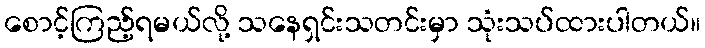
စောင့်ကြည့်ရမယ်လို့ သနေရှင်းသတင်းမှာ သုံးသပ်ထားပါတယ်။